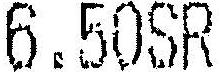
6.50SR